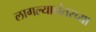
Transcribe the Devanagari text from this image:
लागल्यानंतरच्या